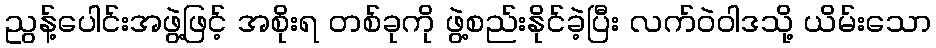
ညွန့်ပေါင်းအဖွဲ့ဖြင့် အစိုးရ တစ်ခုကို ဖွဲ့စည်းနိုင်ခဲ့ပြီး လက်ဝဲဝါဒသို့ ယိမ်းသော